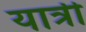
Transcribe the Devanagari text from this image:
यात्री